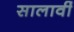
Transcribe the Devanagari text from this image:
सालावीं